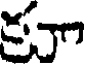
కూా